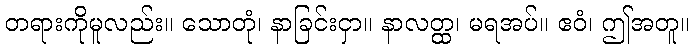
တရားကိုမူလည်း။ သောတုံ၊ နာခြင်းငှာ။ နာလတ္ထ၊ မရအပ်။ ဧဝံ၊ ဤအတူ။